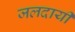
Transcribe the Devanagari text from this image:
जलदायी